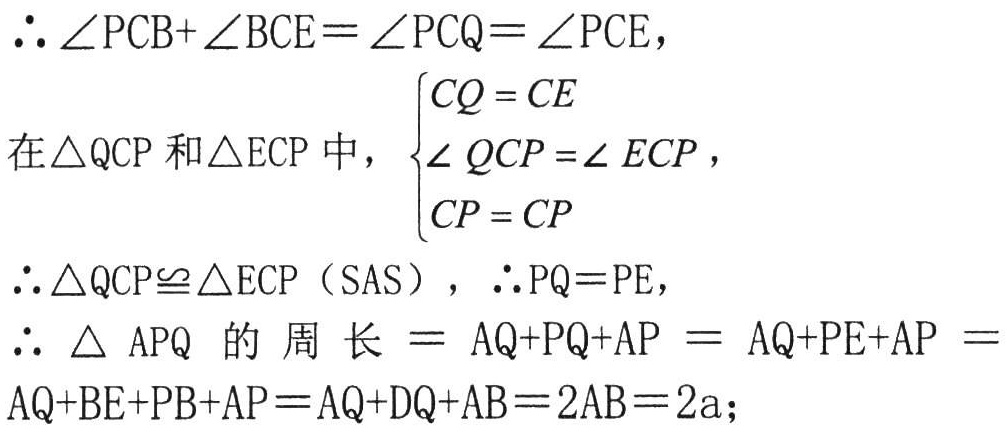
$\therefore \angle PCB+\angle BCE=\angle PCQ=\angle PCE,$
在$\triangle QCP$和$\triangle ECP$中，$\begin{cases}CQ = CE\\\angle QCP =\angle ECP\\CP = CP\end{cases}$，
$\therefore \triangle QCP\cong\triangle ECP（SAS），\therefore PQ = PE,$
$\therefore\triangle APQ$的周长$=AQ + PQ+AP=AQ + PE+AP=$
$AQ + BE+PB + AP=AQ + DQ+AB = 2AB = 2a;$